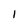
Character: 1